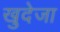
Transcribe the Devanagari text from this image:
खुदेजा